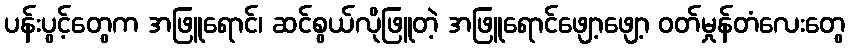
ပန်းပွင့်တွေက အဖြူရောင်၊ ဆင်စွယ်လိုဖြူတဲ့ အဖြူရောင်ဖျော့ဖျော့ ဝတ်မှုန်တံလေးတွေ